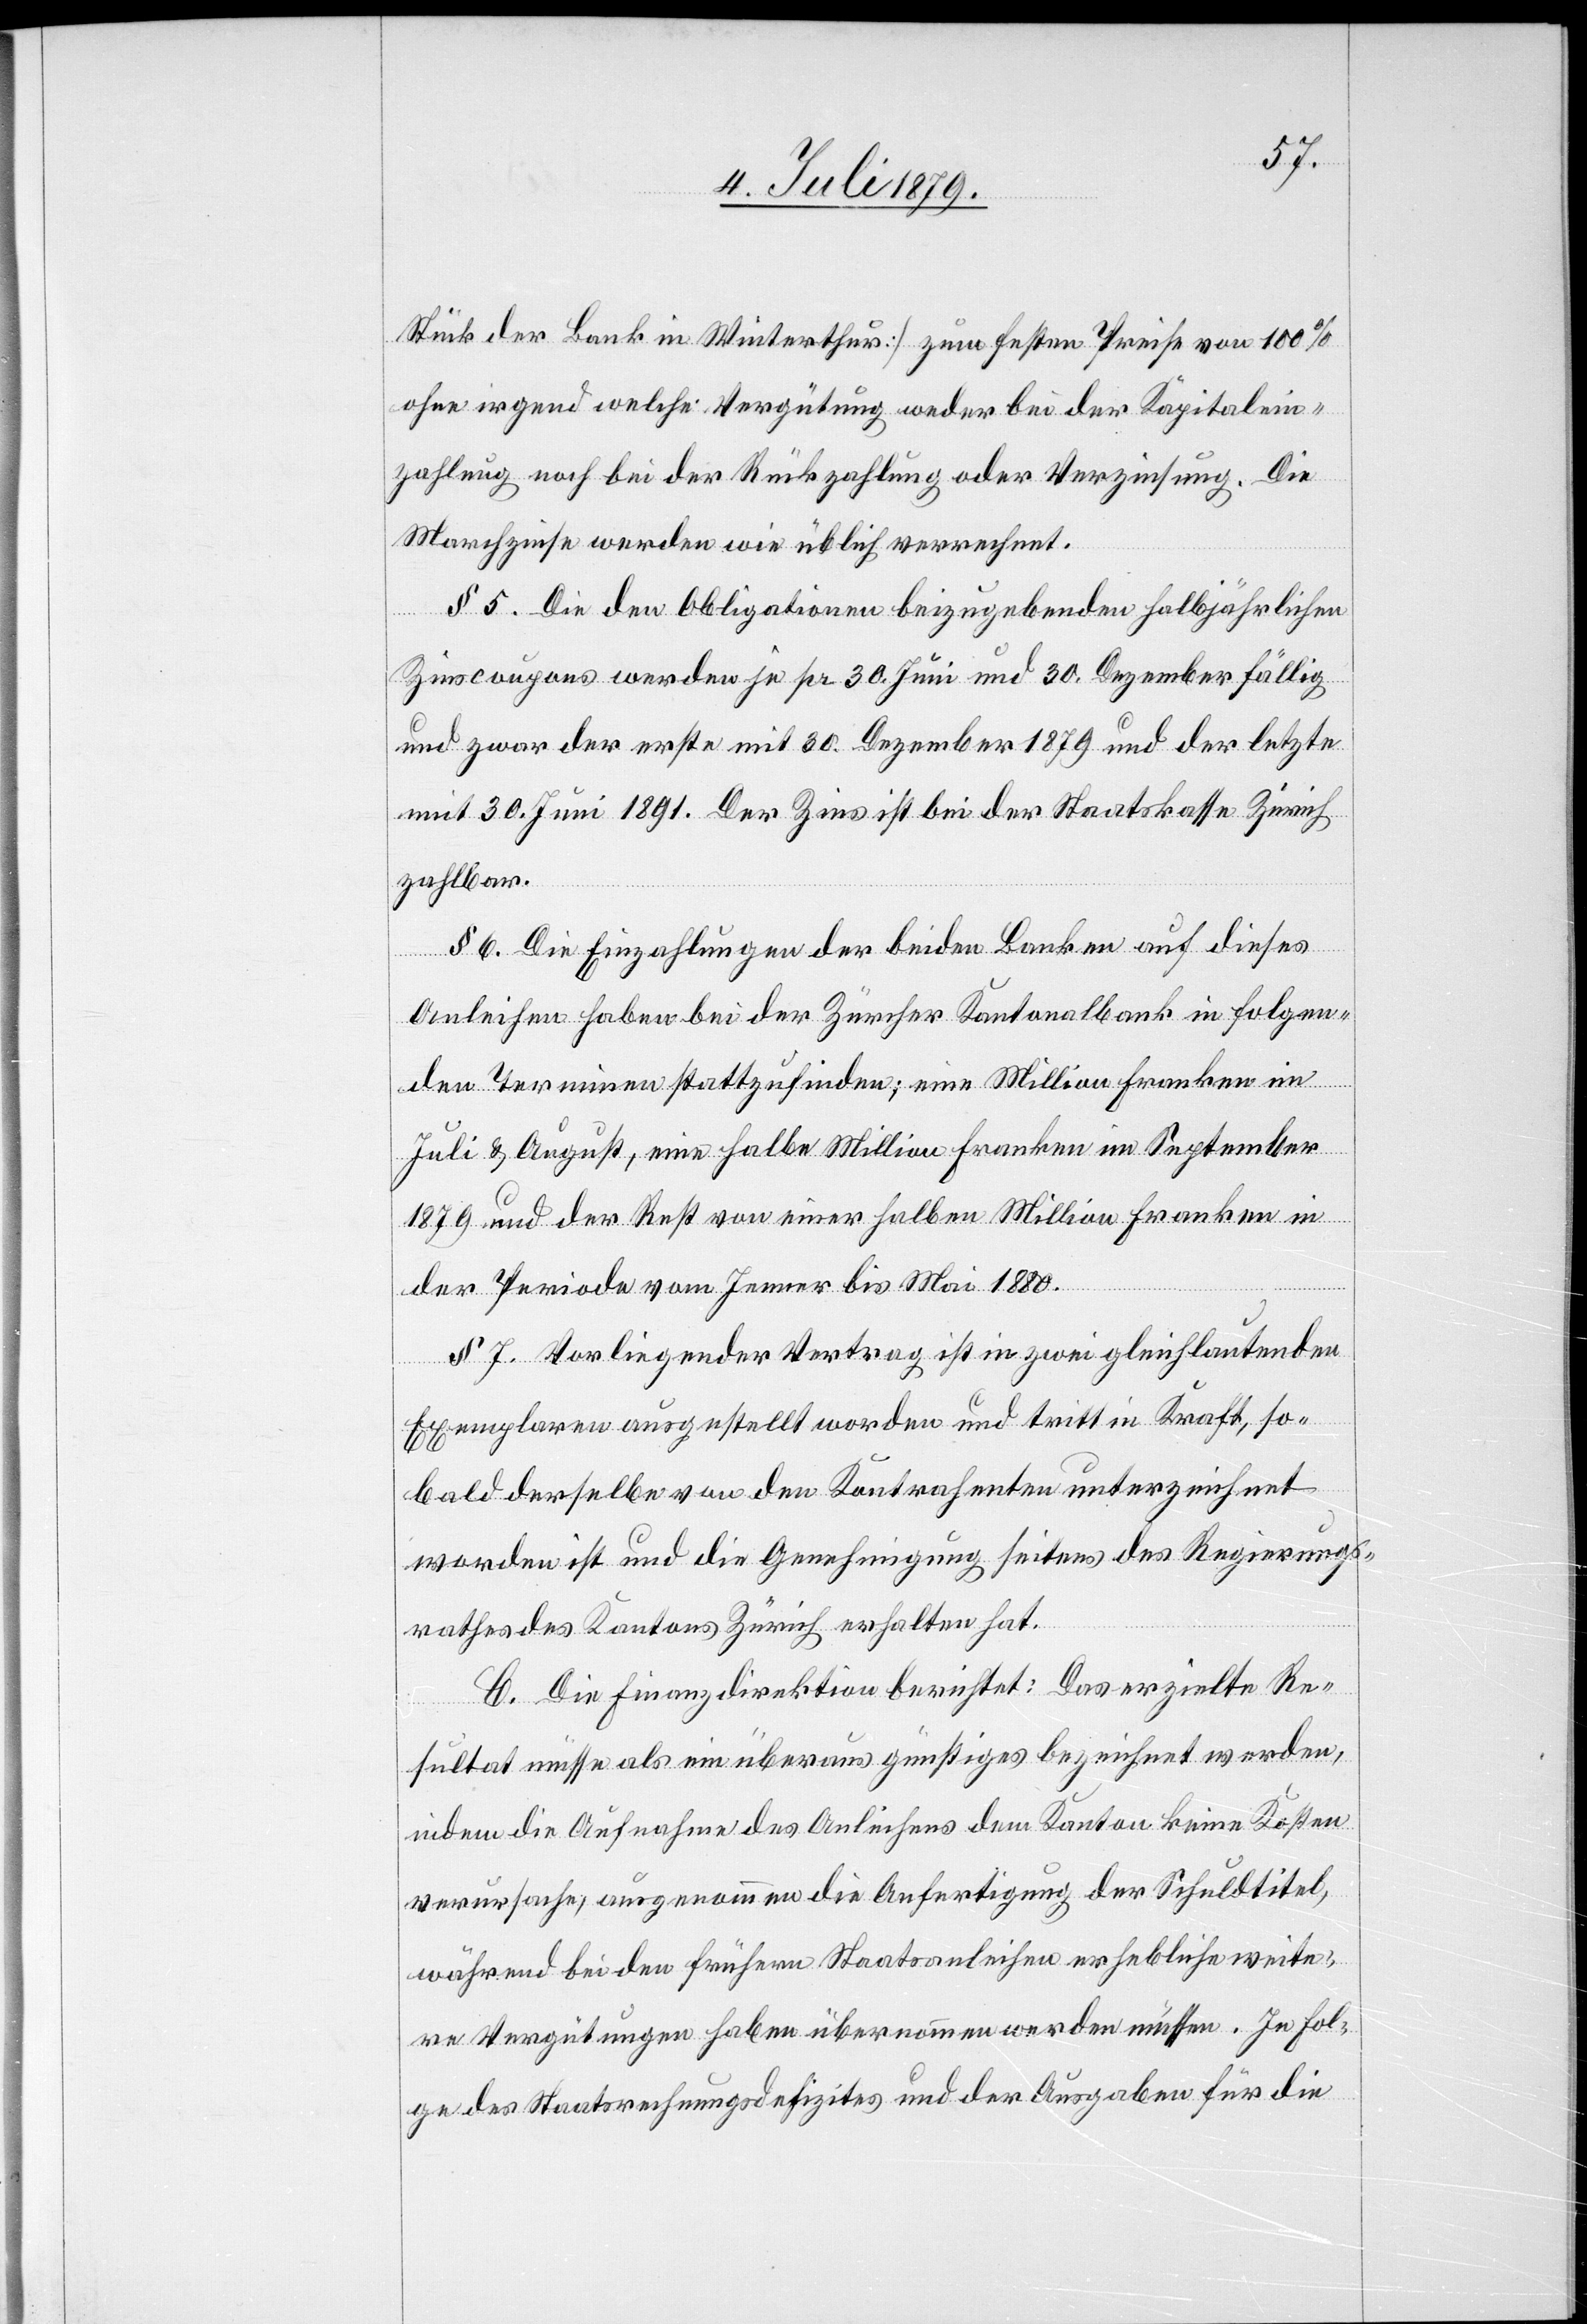
Stück der Bank in Winterthur] zum festen Preise von 100%
ohne irgend welche Vergütung weder bei der Kapitalein¬
zahlung noch bei der Rückzahlung der Verzinsung. Die
Marchzinse werden wie üblich verrechnet.
§ 5. Die den Obligationen beizugebenden halbjährlichen
Zinscoupons werden je pr. 30. Juni und 30. Dezember fällig
und zwar der erste mit 30. Dezember 1879 und der letzte
mit 30. Juni 1891. Der Zins ist bei der Staatskasse Zürich
zahlbar.
§ 6. Die Einzahlungen der beiden Banken auf dieses
Anleihen haben bei der Zürcher Kantonalbank in folgen¬
den Terminen stattzufinden; eine Million Franken im
Juli & August, eine halbe Million Franken im September
1879 und der Rest von einer halben Million Franken in
der Periode vom Jenner bis Mai 1880.
§ 7. Vorliegender Vertrag ist in zwei gleichlautenden
Exemplaren ausgestellt worden und tritt in Kraft, so¬
bald derselbe von den Kontrahenten unterzeichnet
worden ist und die Genehmigung seitens des Regierungs¬
rathes des Kantons Zürich erhalten hat.
C. Die Finanzdirektion berichtet: Das erzielte Re¬
sultat müsse als ein überaus günstiges bezeichnet werden,
indem die Aufnahme des Anleihens dem Kanton keine Kosten
verursache, ausgenommen die Anfertigung der Schuldtitel,
während bei den frühern Staatsanleihen erhebliche weite¬
re Vergütungen haben übernommen werden müssen. In Fol¬
ge des Staatsrechnungsdefizites und der Ausgaben für die